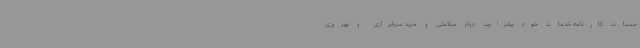
حسنات کارنامه خدمات خود بیفزایید. دوام سلامتی و مزید سرفرازی و بهروزی